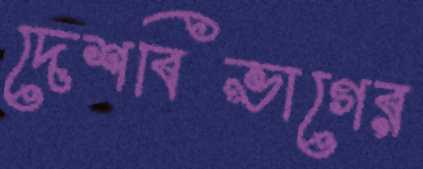
দেশবিভাগের